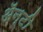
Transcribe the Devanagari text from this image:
ॲन्टी